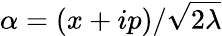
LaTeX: \alpha=(x+ip)/\sqrt{2\lambda}